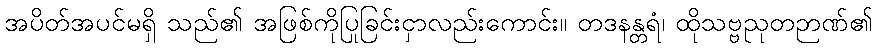
အပိတ်အပင်မရှိ သည်၏ အဖြစ်ကိုပြုခြင်းငှာလည်းကောင်း။ တဒနန္တရံ၊ ထိုသဗ္ဗညုတဉာဏ်၏